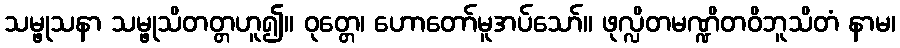
သမ္ဖုသနာ သမ္ဖုသိတတ္တဟူ၍။ ဝုတ္တေ၊ ဟောတော်မူအပ်သော်။ ဖုလ္လိတမဏ္ဍိတဝိဘူသိတံ နာမ၊